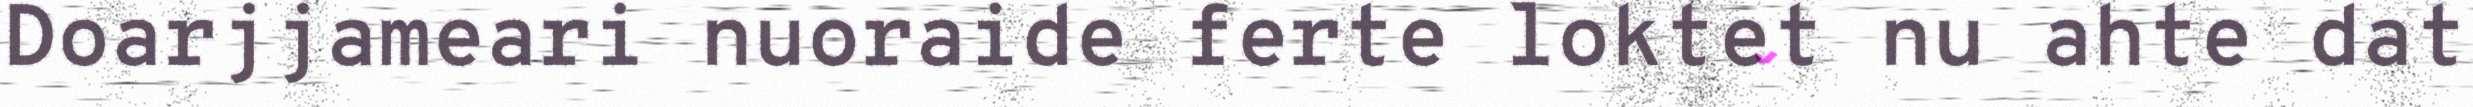
Doarjjameari nuoraide ferte loktet nu ahte dat